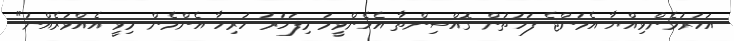
އަހަރުމެންވިއްޔާ އެމަންޖެ ފަހަތުން ގޮއްސިންތާ އެހެންވީމަ މިފަހަރު ހުރިހާ އެންމެން މިވީ އެއްވަރެއްނު"